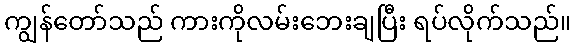
ကျွန်တော်သည် ကားကိုလမ်းဘေးချပြီး ရပ်လိုက်သည်။